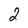
Character: 2